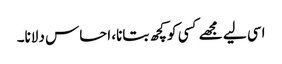
اسی لیے مجھے کسی کو کچھ بتانا، احساس دلانا۔